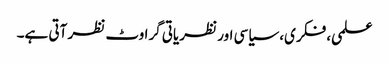
علمی، فکری، سیاسی اور نظریاتی گراوٹ نظر آتی ہے۔